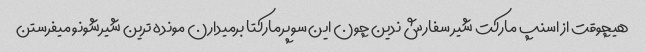
هیچوقت از اسنپ مارکت شیر سفارش ندین چون این سوپرمارکتا برمیدارن مونده ترین شیرشونو میفرستن